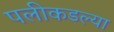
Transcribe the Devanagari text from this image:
पलीकडल्या